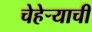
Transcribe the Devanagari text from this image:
चेहेऱ्याची